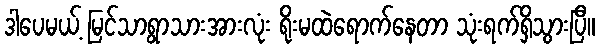
ဒါပေမယ့် မြင်သာရွာသားအားလုံး ရိုးမထဲရောက်နေတာ သုံးရက်ရှိသွားပြီ။